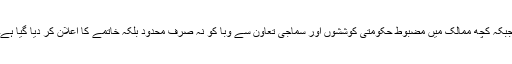
جبکہ کچھ ممالک میں مضبوط حکومتی کوششوں اور سماجی تعاون سے وبا کو نہ صرف محدود بلکہ خاتمے کا اعلان کر دیا گیا ہے۔